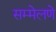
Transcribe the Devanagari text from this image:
सम्मेलणे